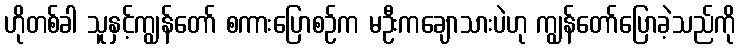
ဟိုတစ်ခါ သူနှင့်ကျွန်တော် စကားပြောစဉ်က မဦးကချောသားပဲဟု ကျွန်တော်ပြောခဲ့သည်ကို